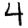
Digit: 4